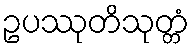
ဥပဿုတိသုတ္တံ